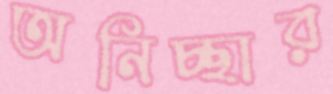
অনিচ্ছার